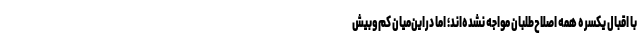
با اقبال یکسره همه اصلاح‌طلبان مواجه نشده‌اند؛ اما دراین‌میان کم‌وبیش